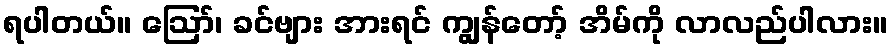
ရပါတယ်။ ဪ၊ ခင်ဗျား အားရင် ကျွန်တော့် အိမ်ကို လာလည်ပါလား။